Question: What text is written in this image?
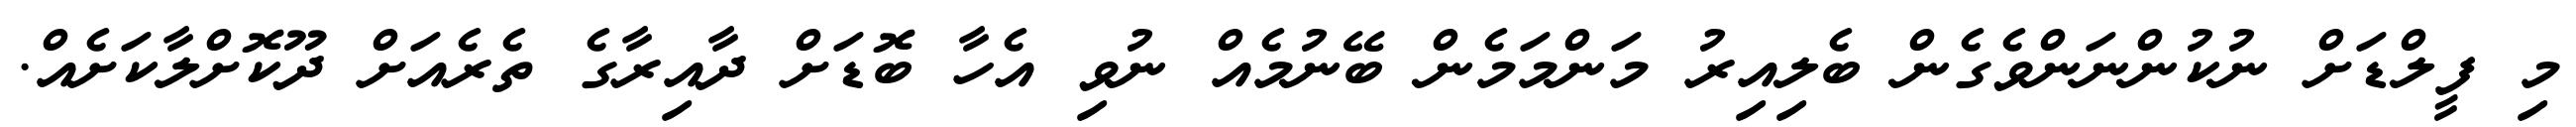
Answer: މި ފީލްޑަށް ނުކުންނަންވެގެން ބެލިއިރު މަންމަމެން ބޭނުމެއް ނުވި އެހާ ބޮޑަށް ދާއިރާގެ ތެރެއަށް ދޫކޮށްލާކަށެއް.